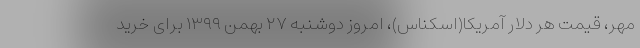
مهر، قیمت هر دلار آمریکا(اسکناس)، امروز دوشنبه ۲۷ بهمن ۱۳۹۹ برای خرید